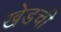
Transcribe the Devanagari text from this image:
खेडची